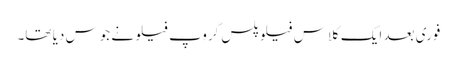
فوری بعد ایک کلاس فیلو پلس گروپ فیلو نے جوس دیا تھا۔